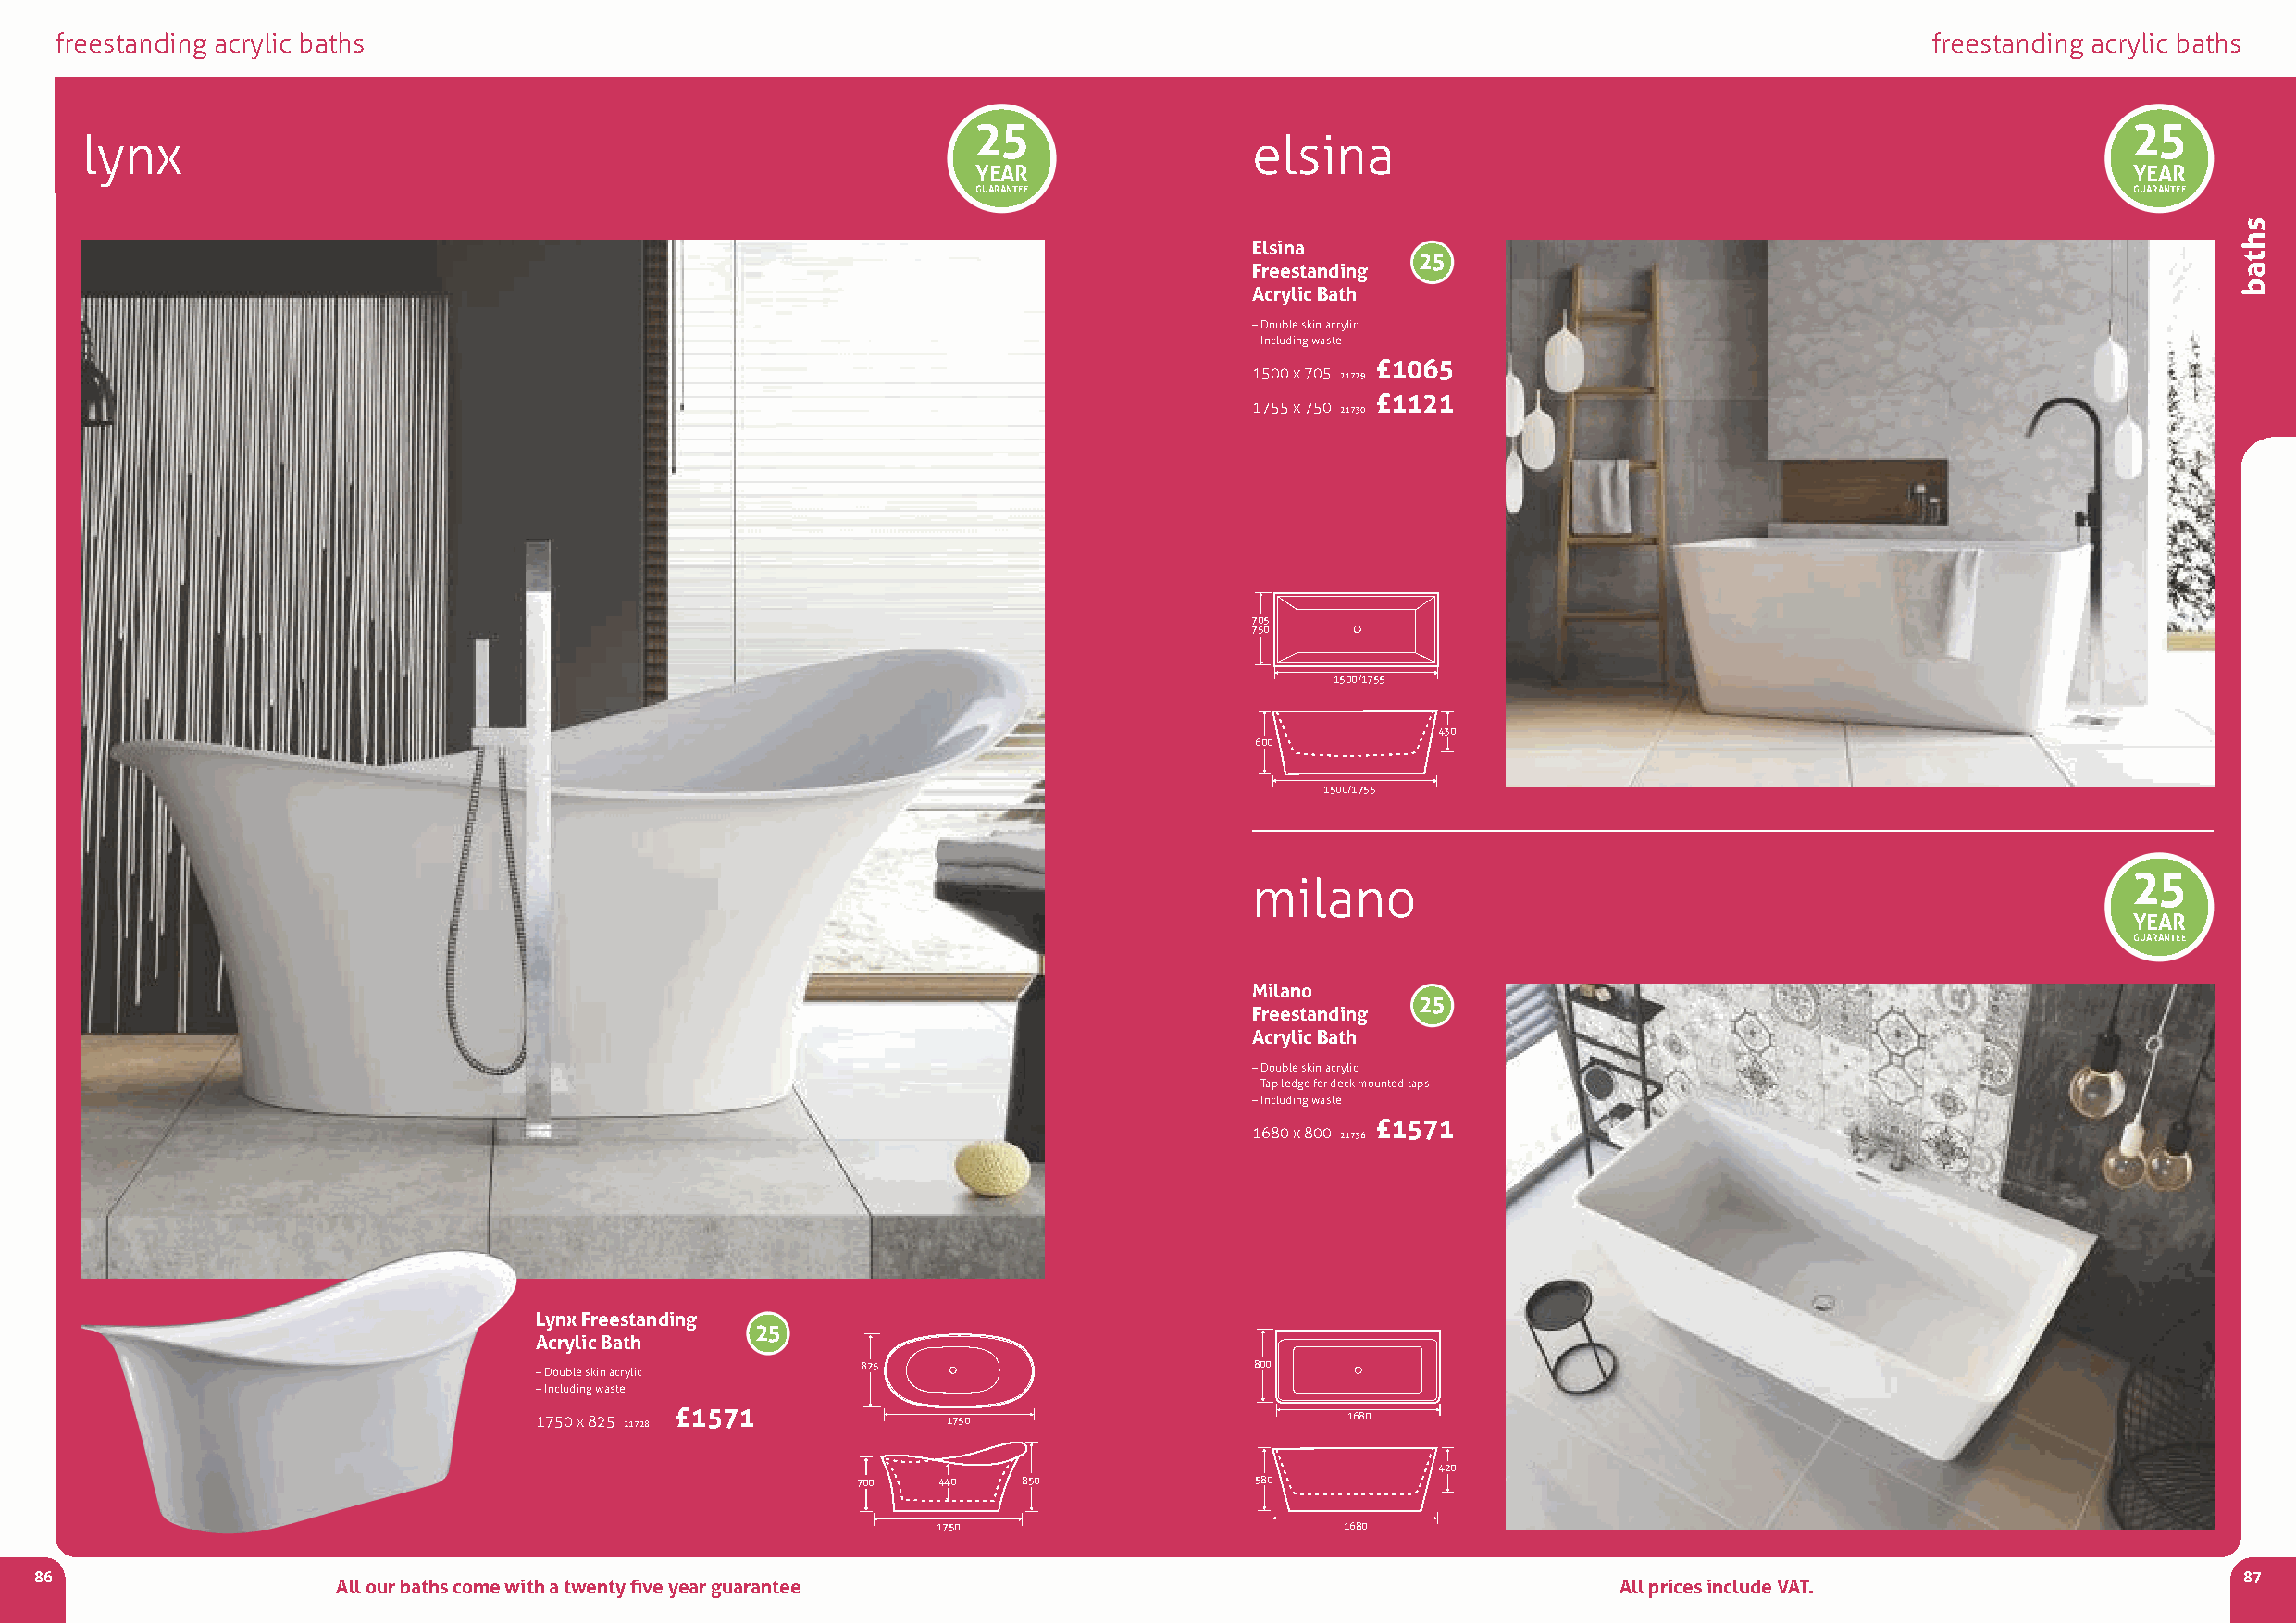
freestanding acrylic baths                                                                                                            freestanding acrylic baths
 25                                                                                25
 lynx                                                                                elsina
 YEAR                                                                               YEAR
 GUARANTEE                                                                          GUARANTEE
 Elsina
 25
 Freestanding
 Acrylic Bath
 –Double skin acrylic
 –including waste
 £1065
 1500 x 705 21729
 £1121
 1755 x 750 21730
 705
 750
 1500/1755
 430
 600
 1500/1755
 25
 milano
 YEAR
 GUARANTEE
 Milano
 25
 Freestanding
 Acrylic Bath
 –Double skin acrylic
 –Tap ledge for deck mounted taps
 –including waste
 £1571
 1680 x 800 21736
 Lynx Freestanding
 25
 Acrylic Bath
 825                         800
 –Double skin acrylic
 –including waste
 1750 x 825 21728 £1571        1750                        1680
 420
 700   440   850              580
 1750                         1680
 86                                                                                                                                                            87
 All our baths come with a twenty five year guarantee                                        All prices include VAT.
 shtab